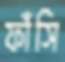
ফাঁসি